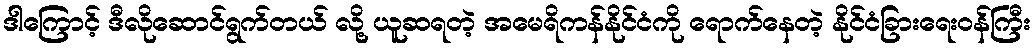
ဒါကြောင့် ဒီလိုဆောင်ရွက်တယ် လို့ ယူဆရတဲ့ အမေရိကန်နိုင်ငံကို ရောက်နေတဲ့ နိုင်ငံခြားရေးဝန်ကြီး